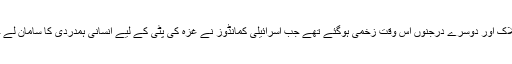
پیر کی صبح اس حملے کم ازکم نو مسافر ہلاک اور دوسرے درجنوں اس وقت زخمی ہوگئے تھے جب اسرائیلی کمانڈوز نے غزہ کی پٹی کے لیے انسانی ہمدردی کا سامان لے جانے والے بحری جہازوں پر دھاوا بولاتھا۔